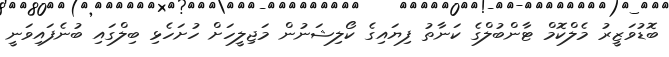
ބޮޑުވަޒީރު މެލްކޮމް ޓާންބުލްގެ ކަނާތު ފިޔައިގެ ކޯލިޝަނުން މަޖިލީހަށް ހުށަހެޅި ބިލްގައި ބުނެފައިވަނީ